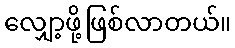
လျှော့ဖို့ဖြစ်လာတယ်။